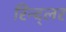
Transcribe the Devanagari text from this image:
रिन्द्लर